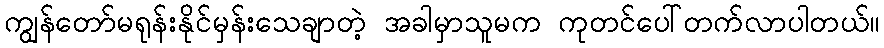
ကျွန်တော်မရုန်းနိုင်မှန်းသေချာတဲ့ အခါမှာသူမက ကုတင်ပေါ်တက်လာပါတယ်။